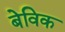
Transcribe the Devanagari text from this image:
बेविक